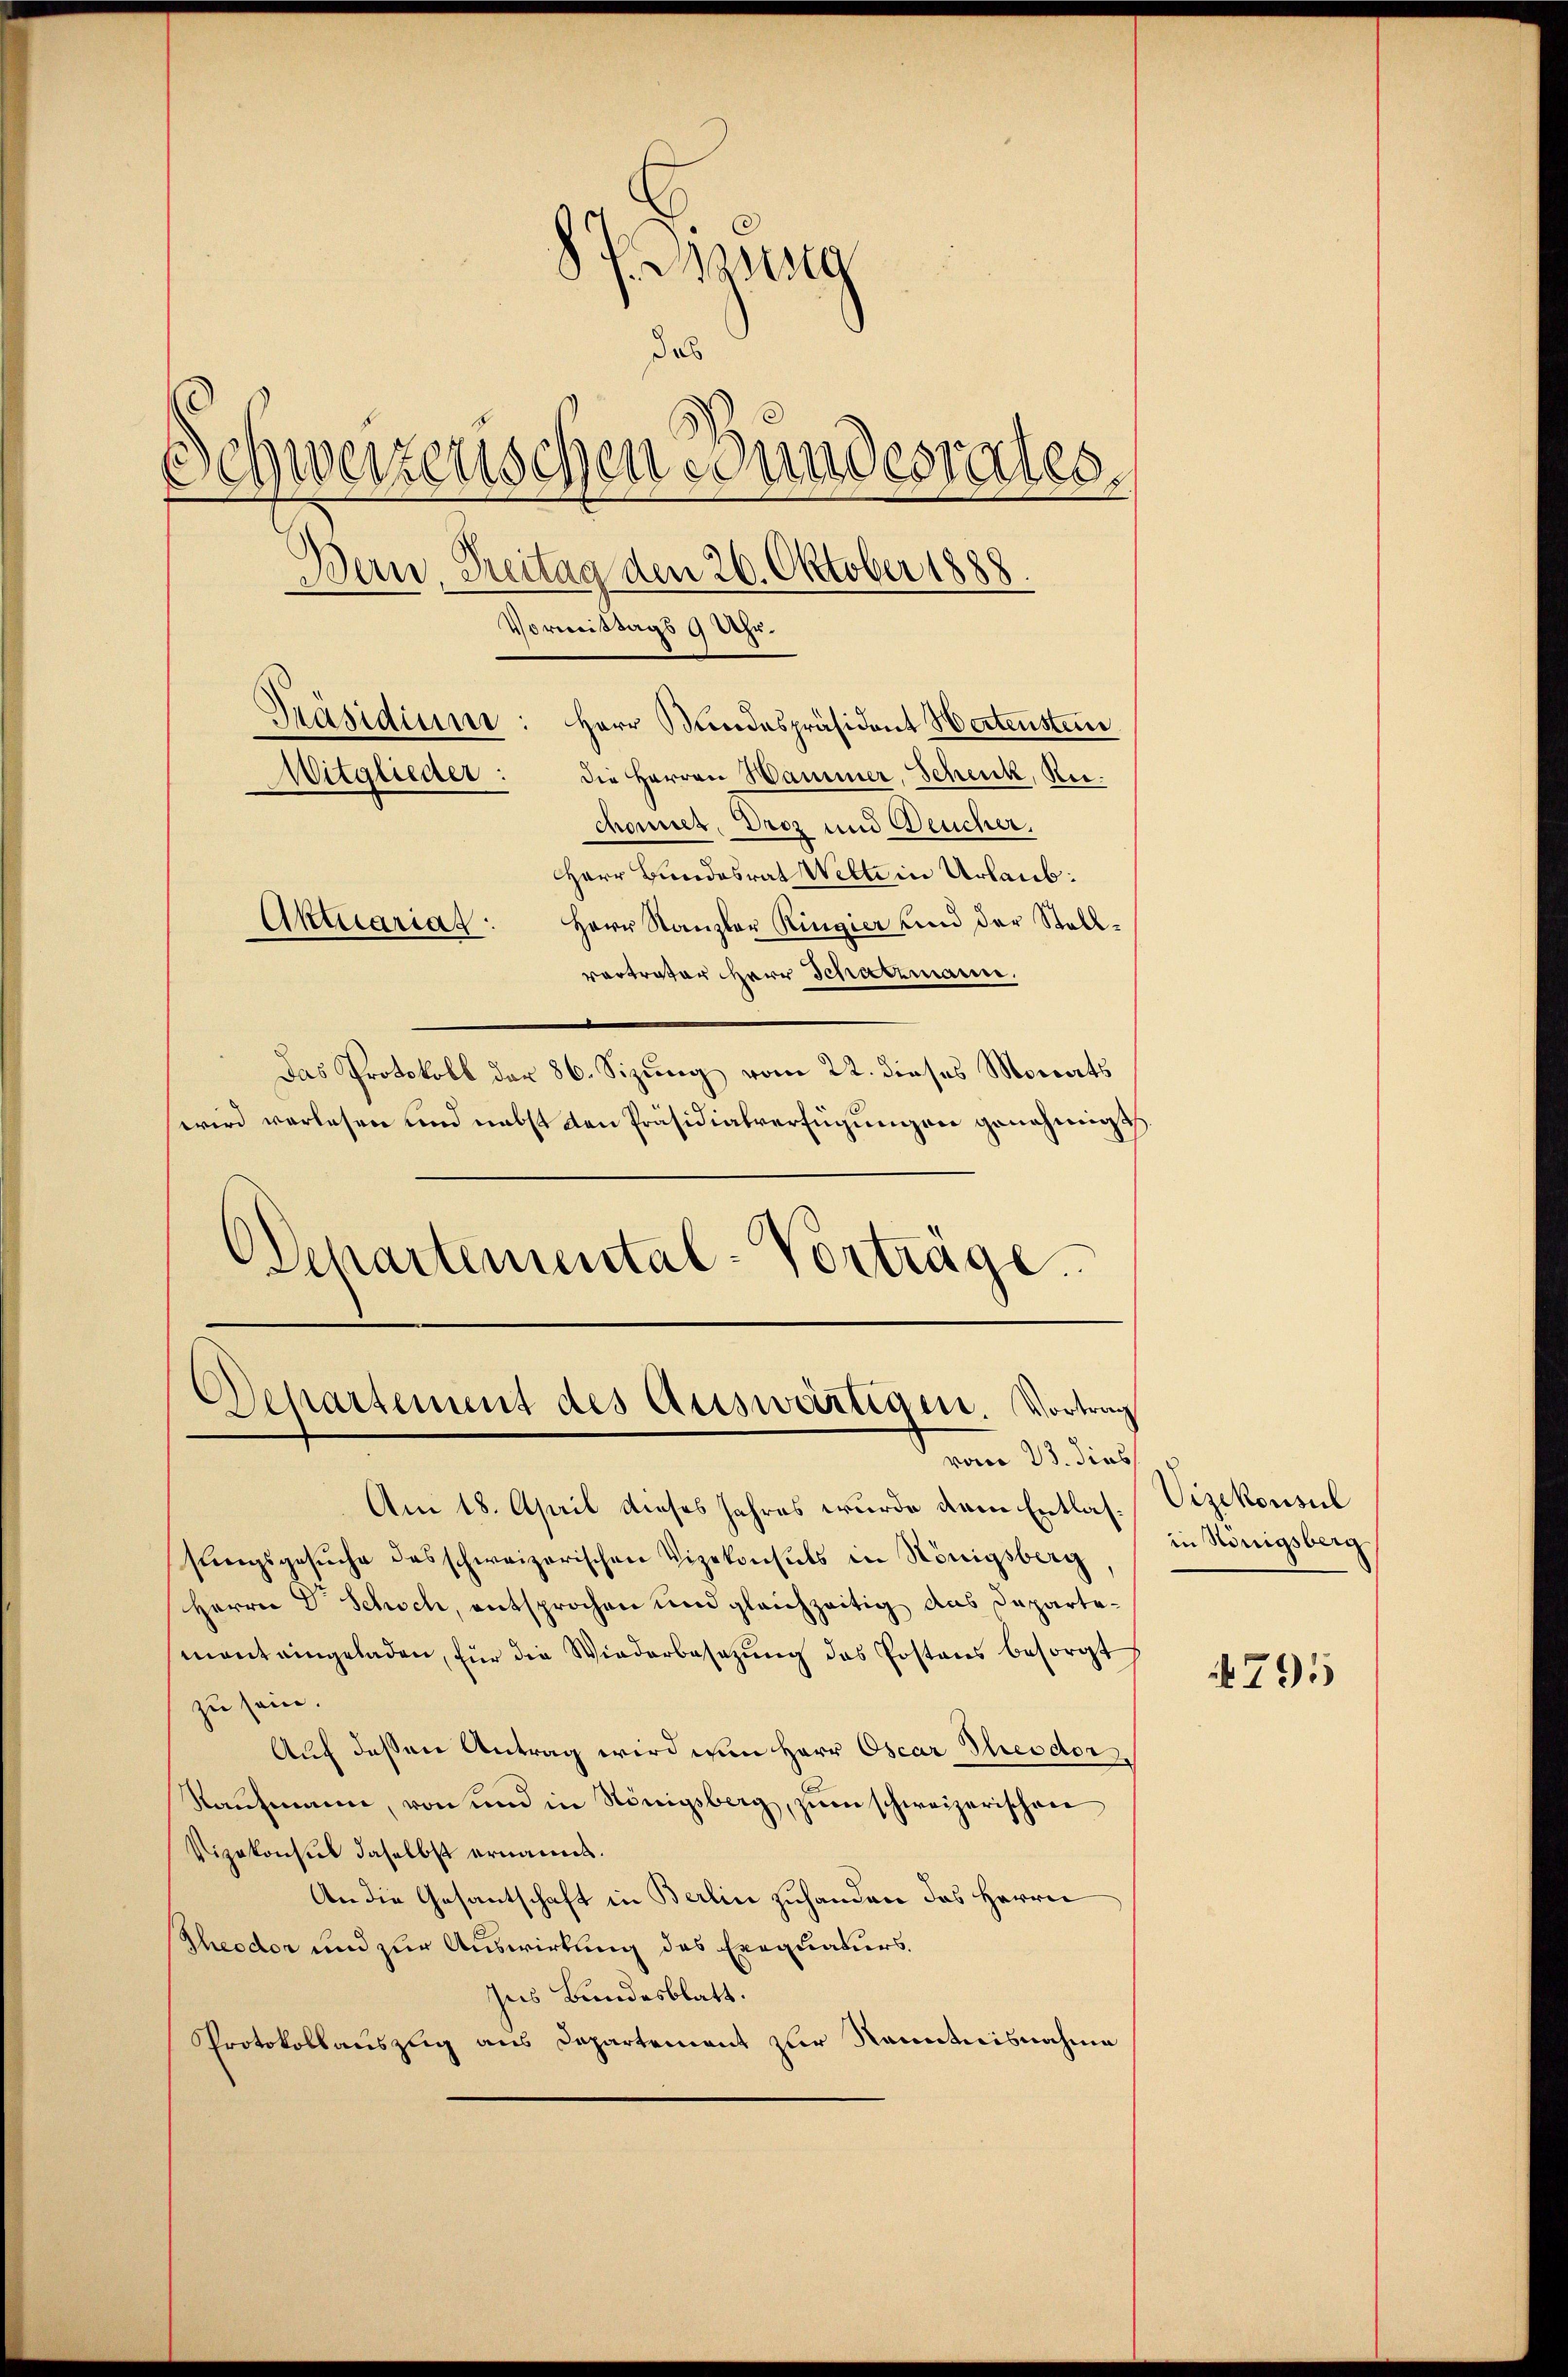
Pseg
das
Schweizenschenesundesrates
.
Bern, Treitag den 26. Oktober 1888.
Vormittags 9 Uhr.
Präsidiuine: Herr Bundespräsident Wertensten
Witglieder:
die Herren Hammer, Schenk, Reichönes, Droz und Deucher,
Herr Bundesrat Wette in Urlaub:

Aktuariat: Herr Kanzler Ringier und der Stall-
vortrator Herr Schatzmann.
Das Protokoll der 86. Sizung vom 22. dieses Monats
wird verlesen und nebst den Präsidialverfügungen genehmigt.
Oepartemental-Vorträge.

Dehartement des Auswärtigen. Vortrag
vom 23. dies

Am 18. April dieses Jahres wurde dem Entlassungsgesŭche das schweizerischen Vizekonsuls in Königsberg
Herrn Dr. Schoch, entsprochen und gleichzeitig das Departemant eingeladen, für die Wiederbesetzung das Postens besorgt
zu sein.
Auf dessen Antrag wird von Herr Oscar Theodor
Raufmann, von und in Königsberg, zum schweizerischen
Vizekonsul daselbst ernannt.
An die Gesantschaft in Berlin zuhanden das Herrn
Theodor und zur Auswirkung des Exequaturs.
Ins Bundesblatt.
Protokollauszug aus Departement zur Ranntnisnahme

Vizekonsul
in Königsberg

795